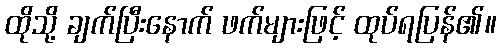
ထိုသို့ ချက်ပြီးနောက် ဖက်များဖြင့် ထုပ်ရပြန်၏။